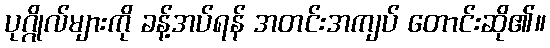
ပုဂ္ဂိုလ်များကို ခန့်အပ်ရန် အတင်းအကျပ် တောင်းဆို၏။